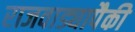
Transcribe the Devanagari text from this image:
राजवाड्यापैकी